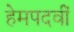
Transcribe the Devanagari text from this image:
हेमपदवीं